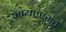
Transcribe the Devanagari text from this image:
आयएएसचे